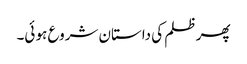
پھر ظلم کی داستان شروع ہو ئی۔